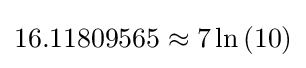
16.11809565\approx 7\ln \left(10\right)